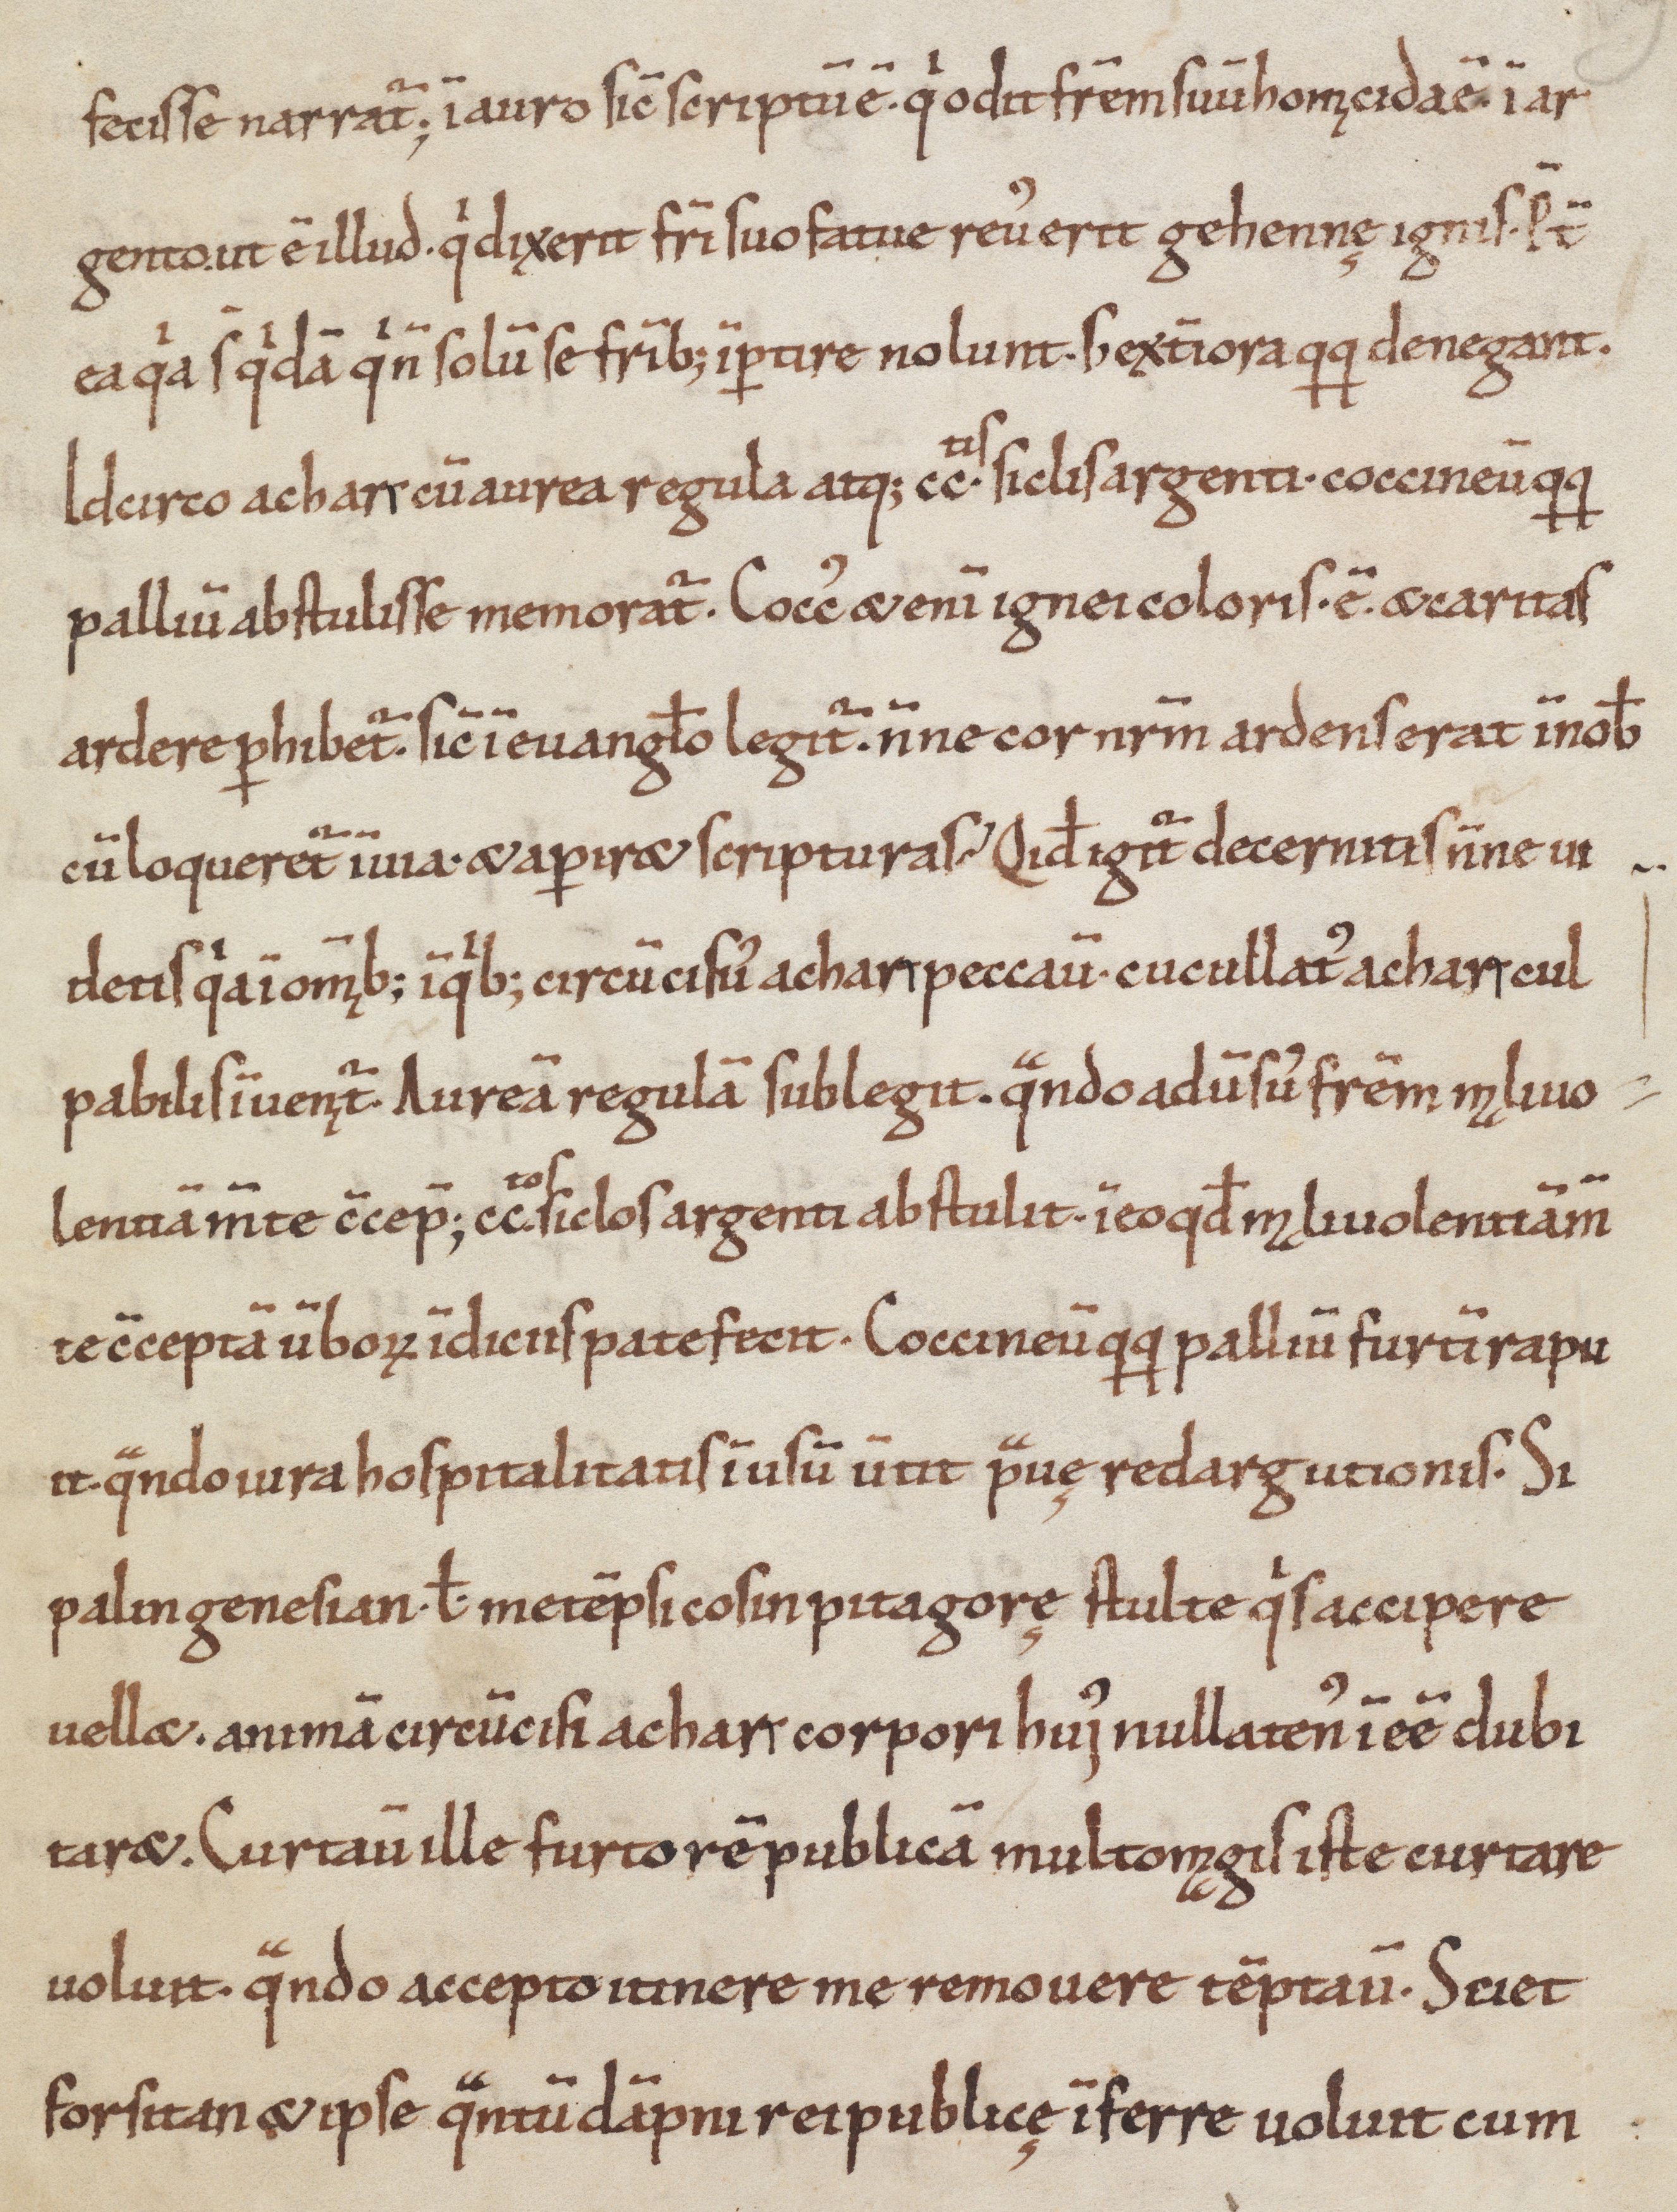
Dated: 1100–1099